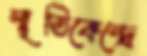
স্মৃতিকেন্দ্রে